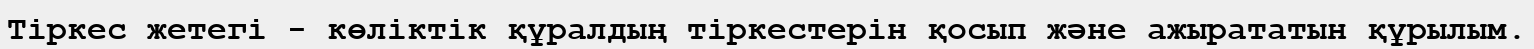
Тіркес жетегі - көліктік құралдың тіркестерін қосып және ажырататын құрылым.